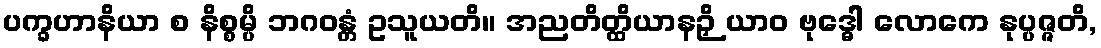
ပက္ခဟာနိယာ စ နိစ္စမ္ပိ ဘဂဝန္တံ ဥသူယတိ။ အညတိတ္ထိယာနဉှိ ယာဝ ဗုဒ္ဓေါ လောကေ နုပ္ပဇ္ဇတိ,